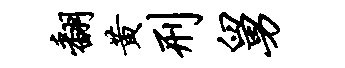
翻黄刑舅